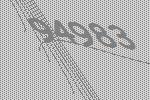
94983